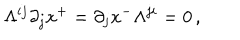
LaTeX: \Lambda ^ { i j } \partial _ { j } x ^ { + } = \partial _ { j } x ^ { - } \Lambda ^ { j i } = 0 \, ,